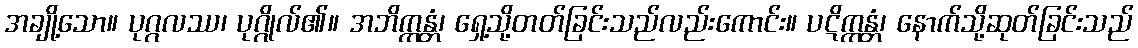
အချို့သော။ ပုဂ္ဂလဿ၊ ပုဂ္ဂိုလ်၏။ အဘိက္ကန္တံ၊ ရှေ့သို့တတ်ခြင်းသည်လည်းကောင်း။ ပဋိက္ကန္တံ၊ နောက်သို့ဆုတ်ခြင်းသည်